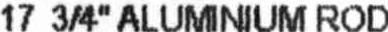
17 3/4" ALUMINIUM ROD